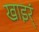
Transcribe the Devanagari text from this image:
खाइर्ं